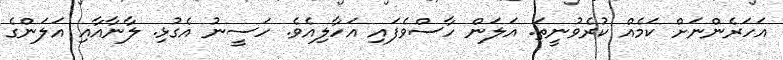
އަހަރެންނަށް ކަމެއް ކުރެވުނީތަ. އަލަން ހާސްވެފައި އަހާލިއެވެ. ހަސީނު އެގުޅި. ލާނާއާއި އަލަންގެ